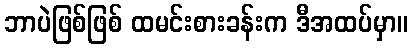
ဘာပဲဖြစ်ဖြစ် ထမင်းစားခန်းက ဒီအထပ်မှာ။